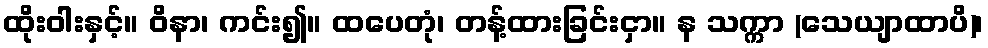
ထိုးဝါးနှင့်။ ဝိနာ၊ ကင်း၍။ ထပေတုံ၊ တန့်ထားခြင်းငှာ။ န သက္ကာ (သေယျာထာပိ)၊